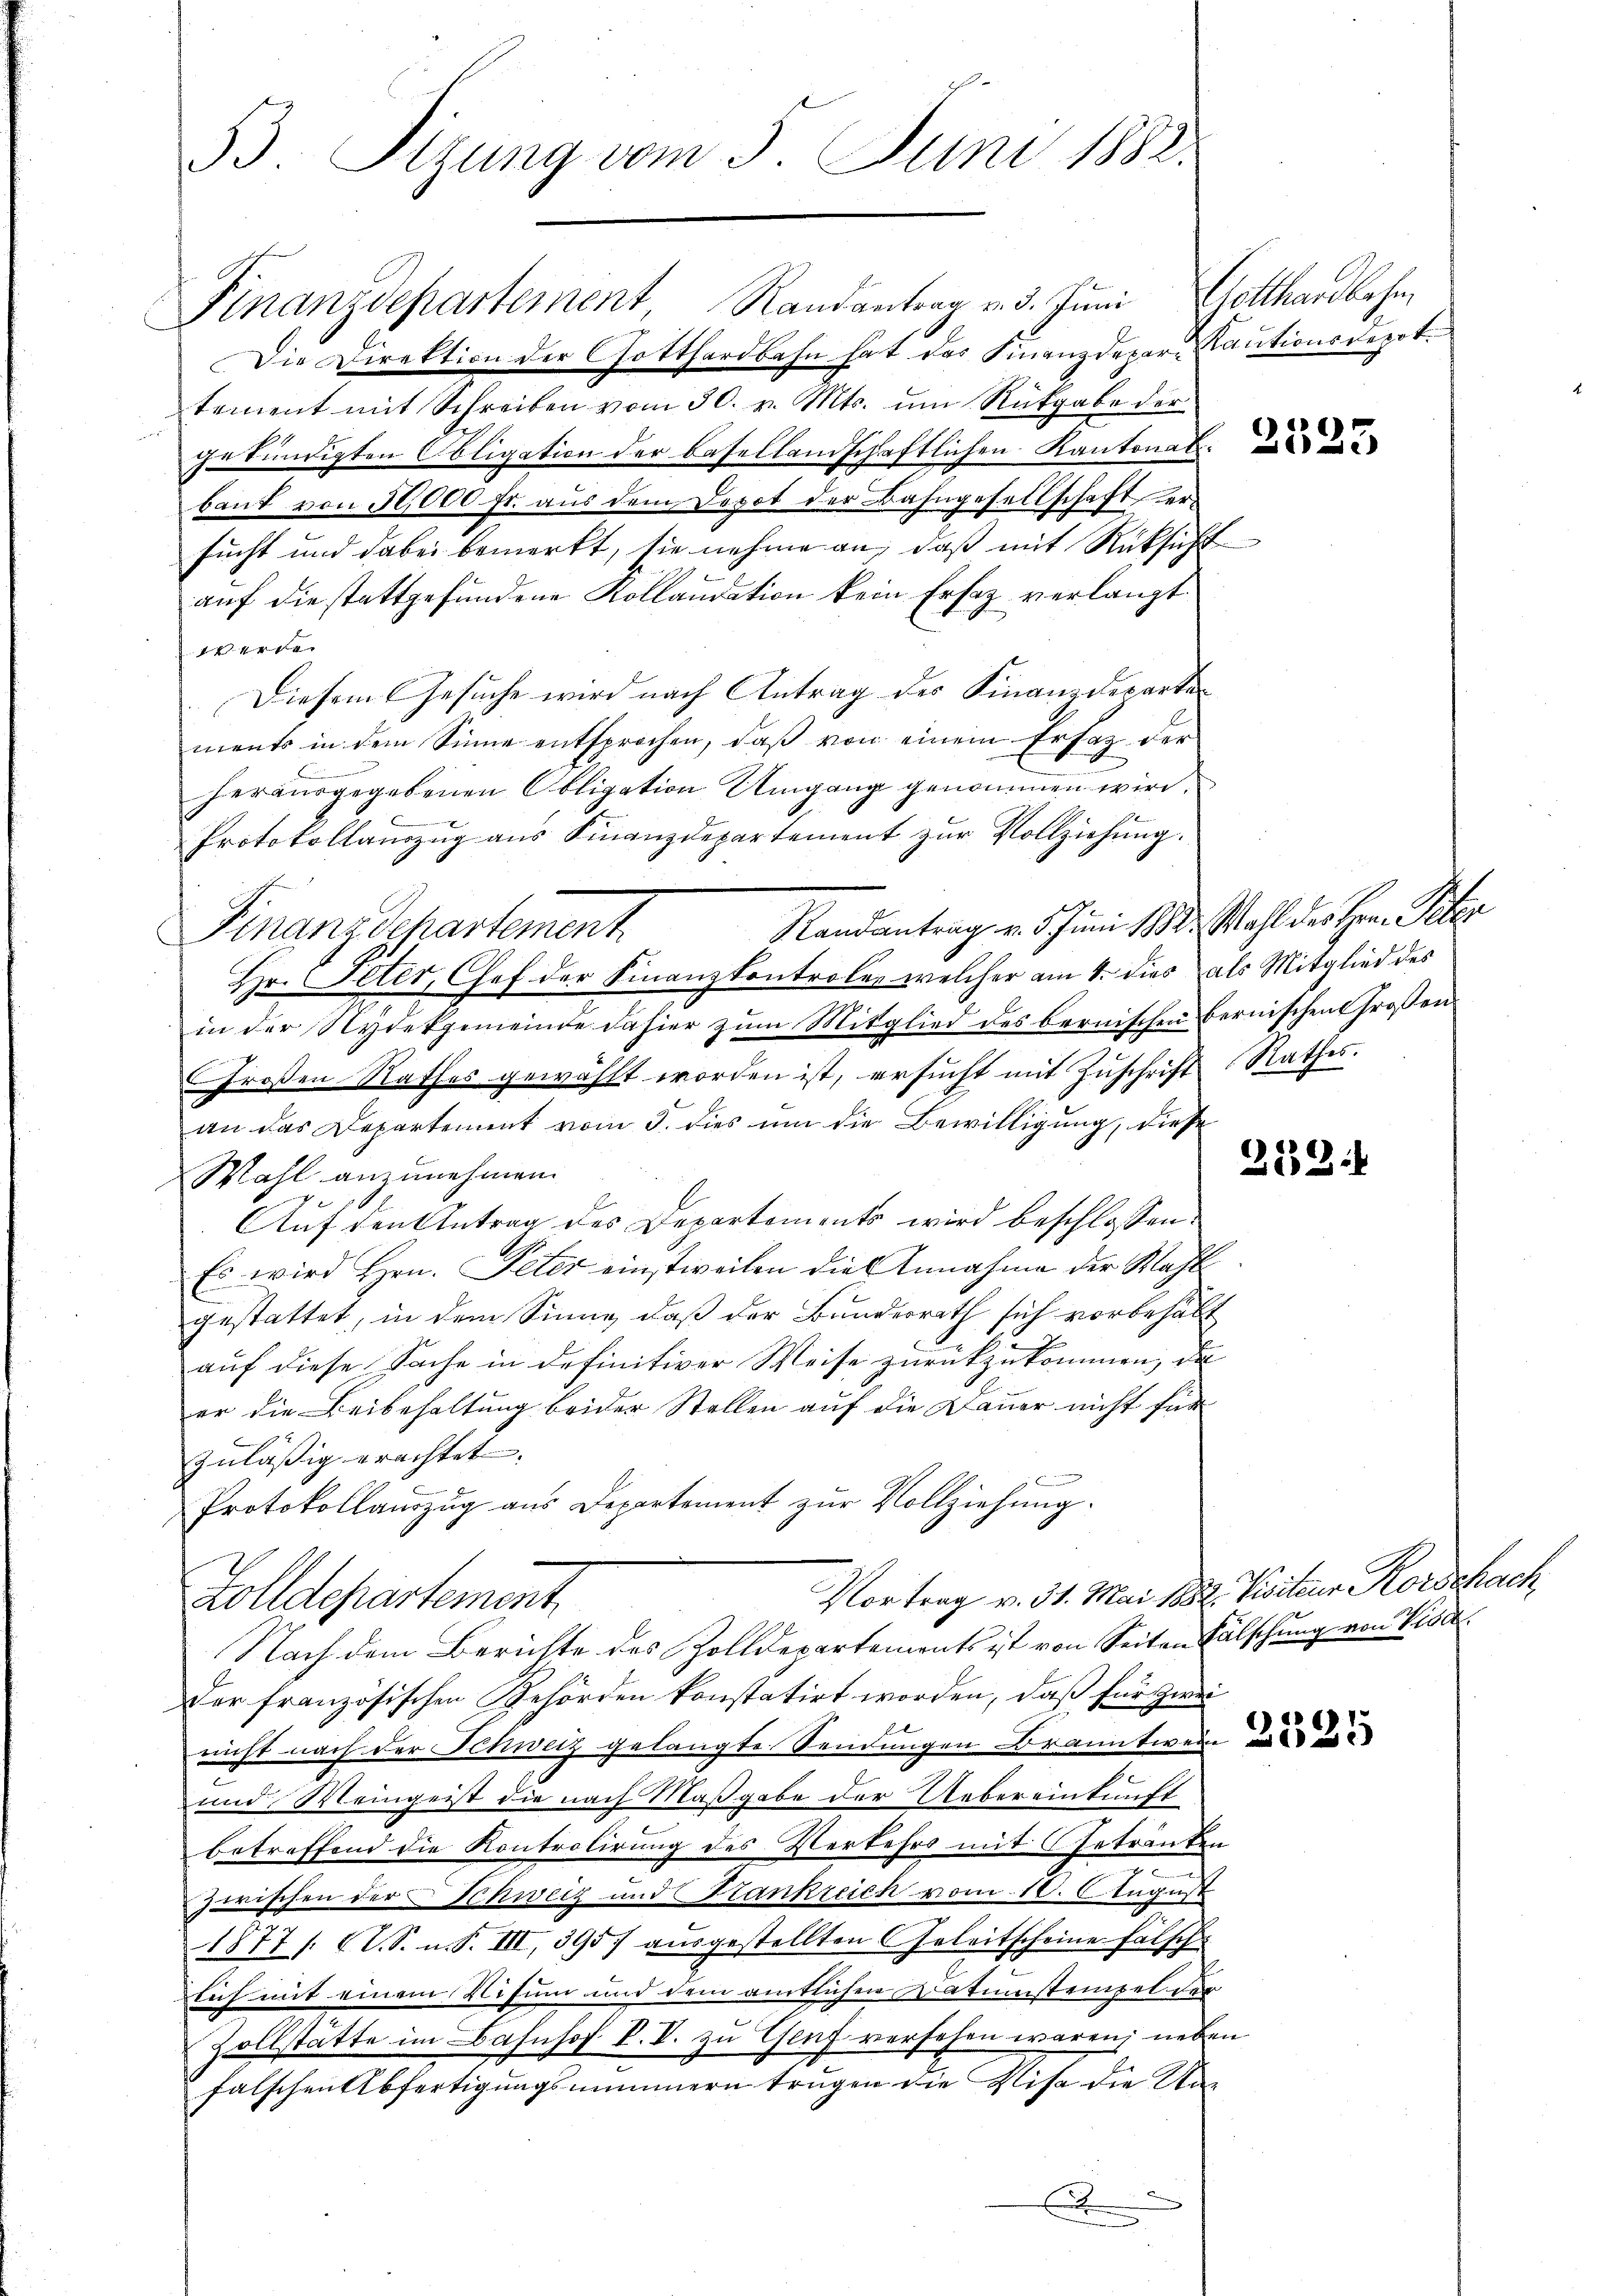
53. Sizung vom 5. Juni 1882.

Finanzdepartement, Randantrag v. 3. Juni Gotthardbahn

Die Direktion der Gotthardbahn hat das Finanzdepar- Kautionsdepot.
tement mit Schreiben vom 30. v. Mts. um Rückgabe der
gekündigten Obligation der Basellandschaftlichen Kantonal
baut von 50,000 fr. aus dem Depot der Bahngesellschaft ersucht und dabei bemerkt, sie nehme an, daß mit Rücksicht
auf die stattgefundene Kollaudation kein Ersatz verlangt.
4
Diesem Gesuche wird nach Antrag des Finanzdepartements in dem Sinne entsprochen, daß von einem Ersatz der
herausgegebenen Obligation Umgang genommen wird.
Protokollauszug aus Finanzdepartement zŭr Vollziehung.
Randantrag v. 5. Juni 1882. Wahl des Herrn Peter
Hr. Peter, Chef der Finanzkontrole, welcher am 4. dies als Mitglied des
in der Nydekgemeinde dahier zŭm Mitglied des bernischen Bernischen Grossen
Großen Rathes gewählt worden ist, ersucht mit Zuschrift Rathes.
an das Departement vom 5. dies um die Bewilligung, diese
Mahl anzunehmen.
Auf den Antrag des Departements wird beschlossen:
Es wird Hrn. Peter einstweilen die Annahme der Wahl
E
gestattet, in dem Sinne, daß der Bundesrath sich vorbehält
auf diese Sache in definitiver Weise zurückzukommen, da
er die Beibehaltung beider Stellen auf die Dauer nicht für
zuläßig erachtet. |
Protokollauszug aus Departement zur Vollziehung.
Vortrag v. 31. Mai 1882. Visiteur Korschach
Zolldepartement
Nach dem Berichte des Zolldepartements ist von Seiten Fälschung von Visch
Der französischen Behörden konstatirt worden, daß für zwei
nicht nach der Schweiz gelangte Sendungen Branntwein
und Weingeist die nach Maßgabe der Uebereinkunft
betreffend die Kontrolirung des Verkehrs mit Getränken
.
zwischen der Schweiz und Stankzeich vom 10. 6. August
t
1877 s. (T. S. n. F. III, 3957 ausgestellten Geleitscheine falsch
sich mit einem Visum und dem amtlichen Katumstempel der
Zollstätte im Bahnhof P. V. zu Genf versehen wären; neben
falschen Abfertigungsnummern trugen die Visa die Un¬
.

Finanzdepartement

252.

.